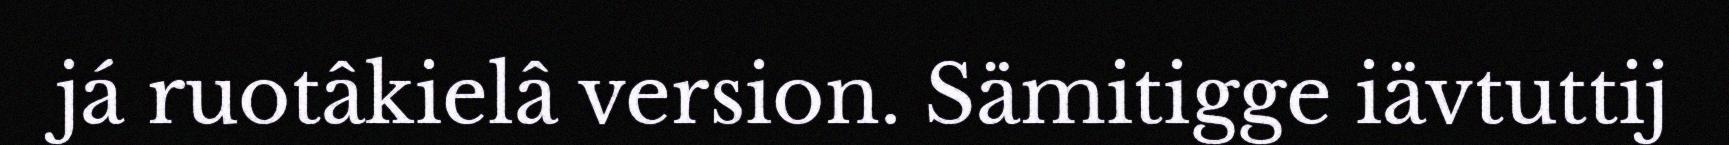
já ruotâkielâ version. Sämitigge iävtuttij